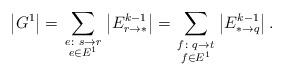
LaTeX: \begin{align*} \left|G^1\right| = \sum_{ \begin{smallmatrix} e\colon s\to r\\ e \in E^1 \end{smallmatrix} } \left|E^{k-1}_{r\to\ast}\right| = \sum_{ \begin{smallmatrix} f\colon q\to t\\ f \in E^1 \end{smallmatrix} } \left|E^{k-1}_{\ast\to q}\right|. \end{align*}